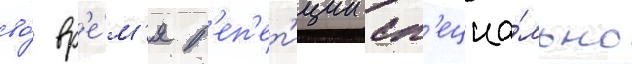
во́ вр'е́м'я р'еп'ет'иции сп'ециа́льно